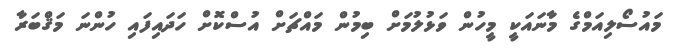
މައުސޯލިއަމްގެ މާނައަކީ މީހުން ވަޅުލުމަށް ބިމުން މައްޗަށް އުސްކޮށް ހަދައިފައި ހުންނަ މަޤްބަރާ